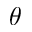
\theta